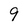
Character: 9